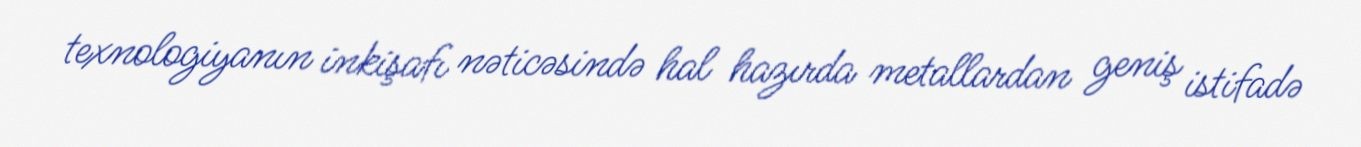
texnologiyanın inkişafı nəticəsində hal hazırda metallardan geniş istifadə